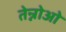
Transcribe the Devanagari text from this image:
तेन्नोओ